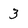
Character: 3